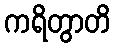
ကရိတွာတိ